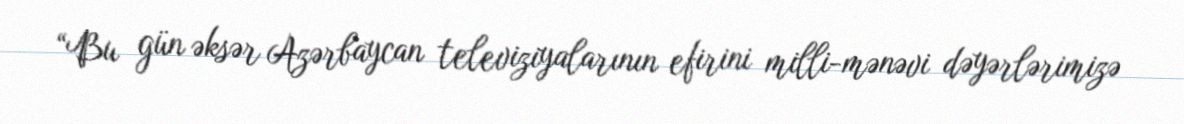
“Bu gün əksər Azərbaycan televiziyalarının efirini milli-mənəvi dəyərlərimizə